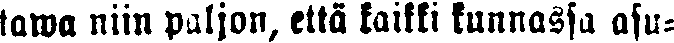
tawa niin paljon, että kaikki kunnassa asu-